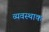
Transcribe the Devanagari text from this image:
व्यवस्थाक